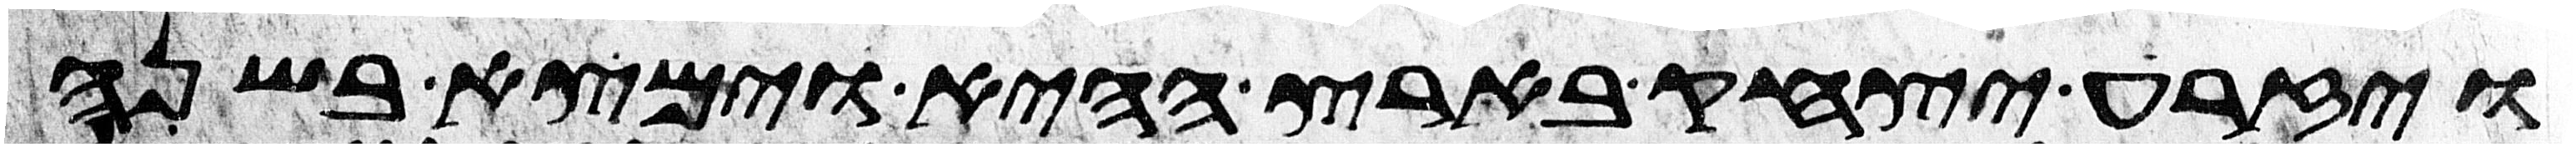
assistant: ויזרע יצחק בארץ ההיא וימצא בשנה